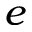
e